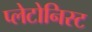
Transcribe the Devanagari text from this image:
प्लेटोनिस्ट